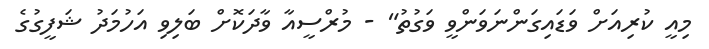
މިއީ ކުރިއަށް ވަޑައިގަންނަވަންވީ ވަގުތު" - މުރްސީއާ ވާދަކޮށް ބަލިވި އަހުމަދު ޝަފީގުގެ